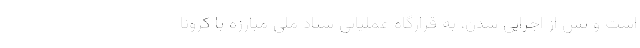
است و پس از اجرایی شدن، به قرارگاه عملیاتی ستاد ملی مبارزه با کرونا